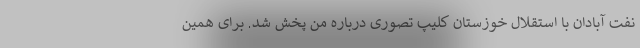
نفت آبادان با استقلال خوزستان کلیپ تصوری درباره من پخش شد. برای همین